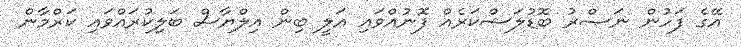
އޭގެ ފަހުން ނަޞްރު ބޮޑުލަޝްކަރެއް ފޮނުއްވައި ޢަލީ ބިން އިލްޔާސް ބަލިކުރައްވައި ކަރްމާން